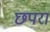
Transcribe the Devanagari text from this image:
छ्परा